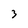
Character: 3